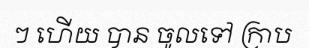
ៗ ហើយ បាន ចូលទៅ ក្រាប